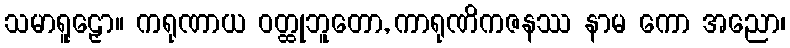
သမာရူဠှော။ ကရုဏာယ ဝတ္ထုဘူတော, ကာရုဏိကဇနဿ နာမ ကော အညော၊